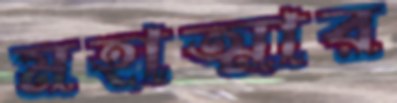
মহাত্মার